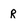
Character: r